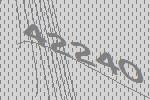
42240